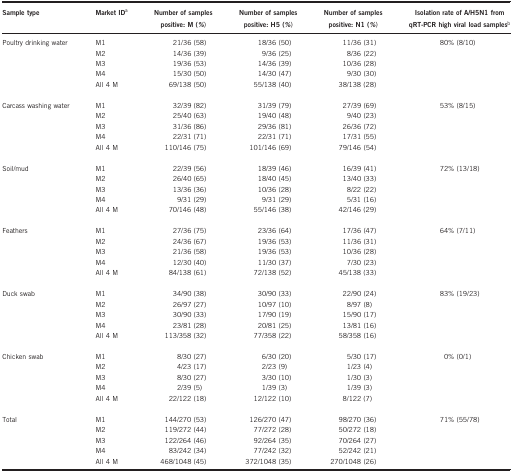
<table><thead><tr><td><b>Sample type</b></td><td><b>Market IDa</b></td><td><b>Number of samples positive: M (<i>%</i>)</b></td><td><b>Number of samples positive: H5 (<i>%</i>)</b></td><td><b>Number of samples positive: N1 (<i>%</i>)</b></td><td><b>Isolation rate of A/H5N1 from qRT-PCR high viral load samplesb</b></td></tr></thead><tbody><tr><td>Poultry drinking water</td><td>M1</td><td>21/36 (58)</td><td>18/36 (50)</td><td>11/36 (31)</td><td>80% (8/10)</td></tr><tr><td> </td><td>M2</td><td>14/36 (39)</td><td>9/36 (25)</td><td>8/36 (22)</td><td> </td></tr><tr><td> </td><td>M3</td><td>19/36 (53)</td><td>14/36 (39)</td><td>10/36 (28)</td><td> </td></tr><tr><td> </td><td>M4</td><td>15/30 (50)</td><td>14/30 (47)</td><td>9/30 (30)</td><td> </td></tr><tr><td> </td><td>All 4 M</td><td>69/138 (50)</td><td>55/138 (40)</td><td>38/138 (28)</td><td> </td></tr><tr><td> </td><td> </td><td> </td><td> </td><td> </td><td> </td></tr><tr><td>Carcass washing water</td><td>M1</td><td>32/39 (82)</td><td>31/39 (79)</td><td>27/39 (69)</td><td>53% (8/15)</td></tr><tr><td> </td><td>M2</td><td>25/40 (63)</td><td>19/40 (48)</td><td>9/40 (23)</td><td> </td></tr><tr><td> </td><td>M3</td><td>31/36 (86)</td><td>29/36 (81)</td><td>26/36 (72)</td><td> </td></tr><tr><td> </td><td>M4</td><td>22/31 (71)</td><td>22/31 (71)</td><td>17/31 (55)</td><td> </td></tr><tr><td> </td><td>All 4 M</td><td>110/146 (75)</td><td>101/146 (69)</td><td>79/146 (54)</td><td> </td></tr><tr><td> </td><td> </td><td> </td><td> </td><td> </td><td> </td></tr><tr><td>Soil/mud</td><td>M1</td><td>22/39 (56)</td><td>18/39 (46)</td><td>16/39 (41)</td><td>72% (13/18)</td></tr><tr><td> </td><td>M2</td><td>26/40 (65)</td><td>18/40 (45)</td><td>13/40 (33)</td><td> </td></tr><tr><td> </td><td>M3</td><td>13/36 (36)</td><td>10/36 (28)</td><td>8/22 (22)</td><td> </td></tr><tr><td> </td><td>M4</td><td>9/31 (29)</td><td>9/31 (29)</td><td>5/31 (16)</td><td> </td></tr><tr><td> </td><td>All 4 M</td><td>70/146 (48)</td><td>55/146 (38)</td><td>42/146 (29)</td><td> </td></tr><tr><td> </td><td> </td><td> </td><td> </td><td> </td><td> </td></tr><tr><td>Feathers</td><td>M1</td><td>27/36 (75)</td><td>23/36 (64)</td><td>17/36 (47)</td><td>64% (7/11)</td></tr><tr><td> </td><td>M2</td><td>24/36 (67)</td><td>19/36 (53)</td><td>11/36 (31)</td><td> </td></tr><tr><td> </td><td>M3</td><td>21/36 (58)</td><td>19/36 (53)</td><td>10/36 (28)</td><td> </td></tr><tr><td> </td><td>M4</td><td>12/30 (40)</td><td>11/30 (37)</td><td>7/30 (23)</td><td> </td></tr><tr><td> </td><td>All 4 M</td><td>84/138 (61)</td><td>72/138 (52)</td><td>45/138 (33)</td><td> </td></tr><tr><td> </td><td> </td><td> </td><td> </td><td> </td><td> </td></tr><tr><td>Duck swab</td><td>M1</td><td>34/90 (38)</td><td>30/90 (33)</td><td>22/90 (24)</td><td>83% (19/23)</td></tr><tr><td> </td><td>M2</td><td>26/97 (27)</td><td>10/97 (10)</td><td>8/97 (8)</td><td> </td></tr><tr><td> </td><td>M3</td><td>30/90 (33)</td><td>17/90 (19)</td><td>15/90 (17)</td><td> </td></tr><tr><td> </td><td>M4</td><td>23/81 (28)</td><td>20/81 (25)</td><td>13/81 (16)</td><td> </td></tr><tr><td> </td><td>All 4 M</td><td>113/358 (32)</td><td>77/358 (22)</td><td>58/358 (16)</td><td> </td></tr><tr><td> </td><td> </td><td> </td><td> </td><td> </td><td> </td></tr><tr><td>Chicken swab</td><td>M1</td><td>8/30 (27)</td><td>6/30 (20)</td><td>5/30 (17)</td><td>0% (0/1)</td></tr><tr><td> </td><td>M2</td><td>4/23 (17)</td><td>2/23 (9)</td><td>1/23 (4)</td><td> </td></tr><tr><td> </td><td>M3</td><td>8/30 (27)</td><td>3/30 (10)</td><td>1/30 (3)</td><td> </td></tr><tr><td> </td><td>M4</td><td>2/39 (5)</td><td>1/39 (3)</td><td>1/39 (3)</td><td> </td></tr><tr><td> </td><td>All 4 M</td><td>22/122 (18)</td><td>12/122 (10)</td><td>8/122 (7)</td><td> </td></tr><tr><td> </td><td> </td><td> </td><td> </td><td> </td><td> </td></tr><tr><td>Total</td><td>M1</td><td>144/270 (53)</td><td>126/270 (47)</td><td>98/270 (36)</td><td>71% (55/78)</td></tr><tr><td> </td><td>M2</td><td>119/272 (44)</td><td>77/272 (28)</td><td>50/272 (18)</td><td> </td></tr><tr><td> </td><td>M3</td><td>122/264 (46)</td><td>92/264 (35)</td><td>70/264 (27)</td><td> </td></tr><tr><td> </td><td>M4</td><td>83/242 (34)</td><td>77/242 (32)</td><td>52/242 (21)</td><td> </td></tr><tr><td> </td><td>All 4 M</td><td>468/1048 (45)</td><td>372/1048 (35)</td><td>270/1048 (26)</td><td> </td></tr></tbody></table>